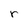
Character: r